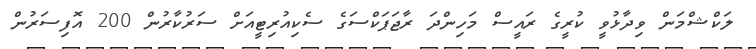
ލަކްޝްމަން ވިދާޅުވީ ކުރީގެ ރައީސް މަހިންދަ ރާޖަޕަކްސަގެ ސެކިއުރިޓީއަށް ސަރުކާރުން 200 އޮފިސަރުން